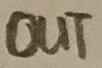
Text: OUT